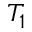
T _ { 1 }